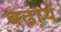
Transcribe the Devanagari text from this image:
बढा़ये